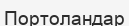
Портоландар